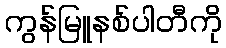
ကွန်မြူနစ်ပါတီကို